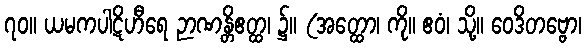
၇၀။ ယမကပါဋိဟီရေ ဉာဏန္တိဧတ္ထ၊ ၌။ (အတ္ထော၊ ကို။ ဧဝံ၊ သို့။ ဝေဒိတဗ္ဗော၊